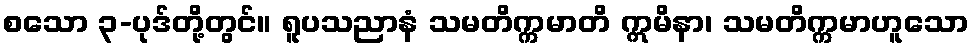
စသော ၃-ပုဒ်တို့တွင်။ ရူပသညာနံ သမတိက္ကမာတိ ဣမိနာ၊ သမတိက္ကမာဟူသော